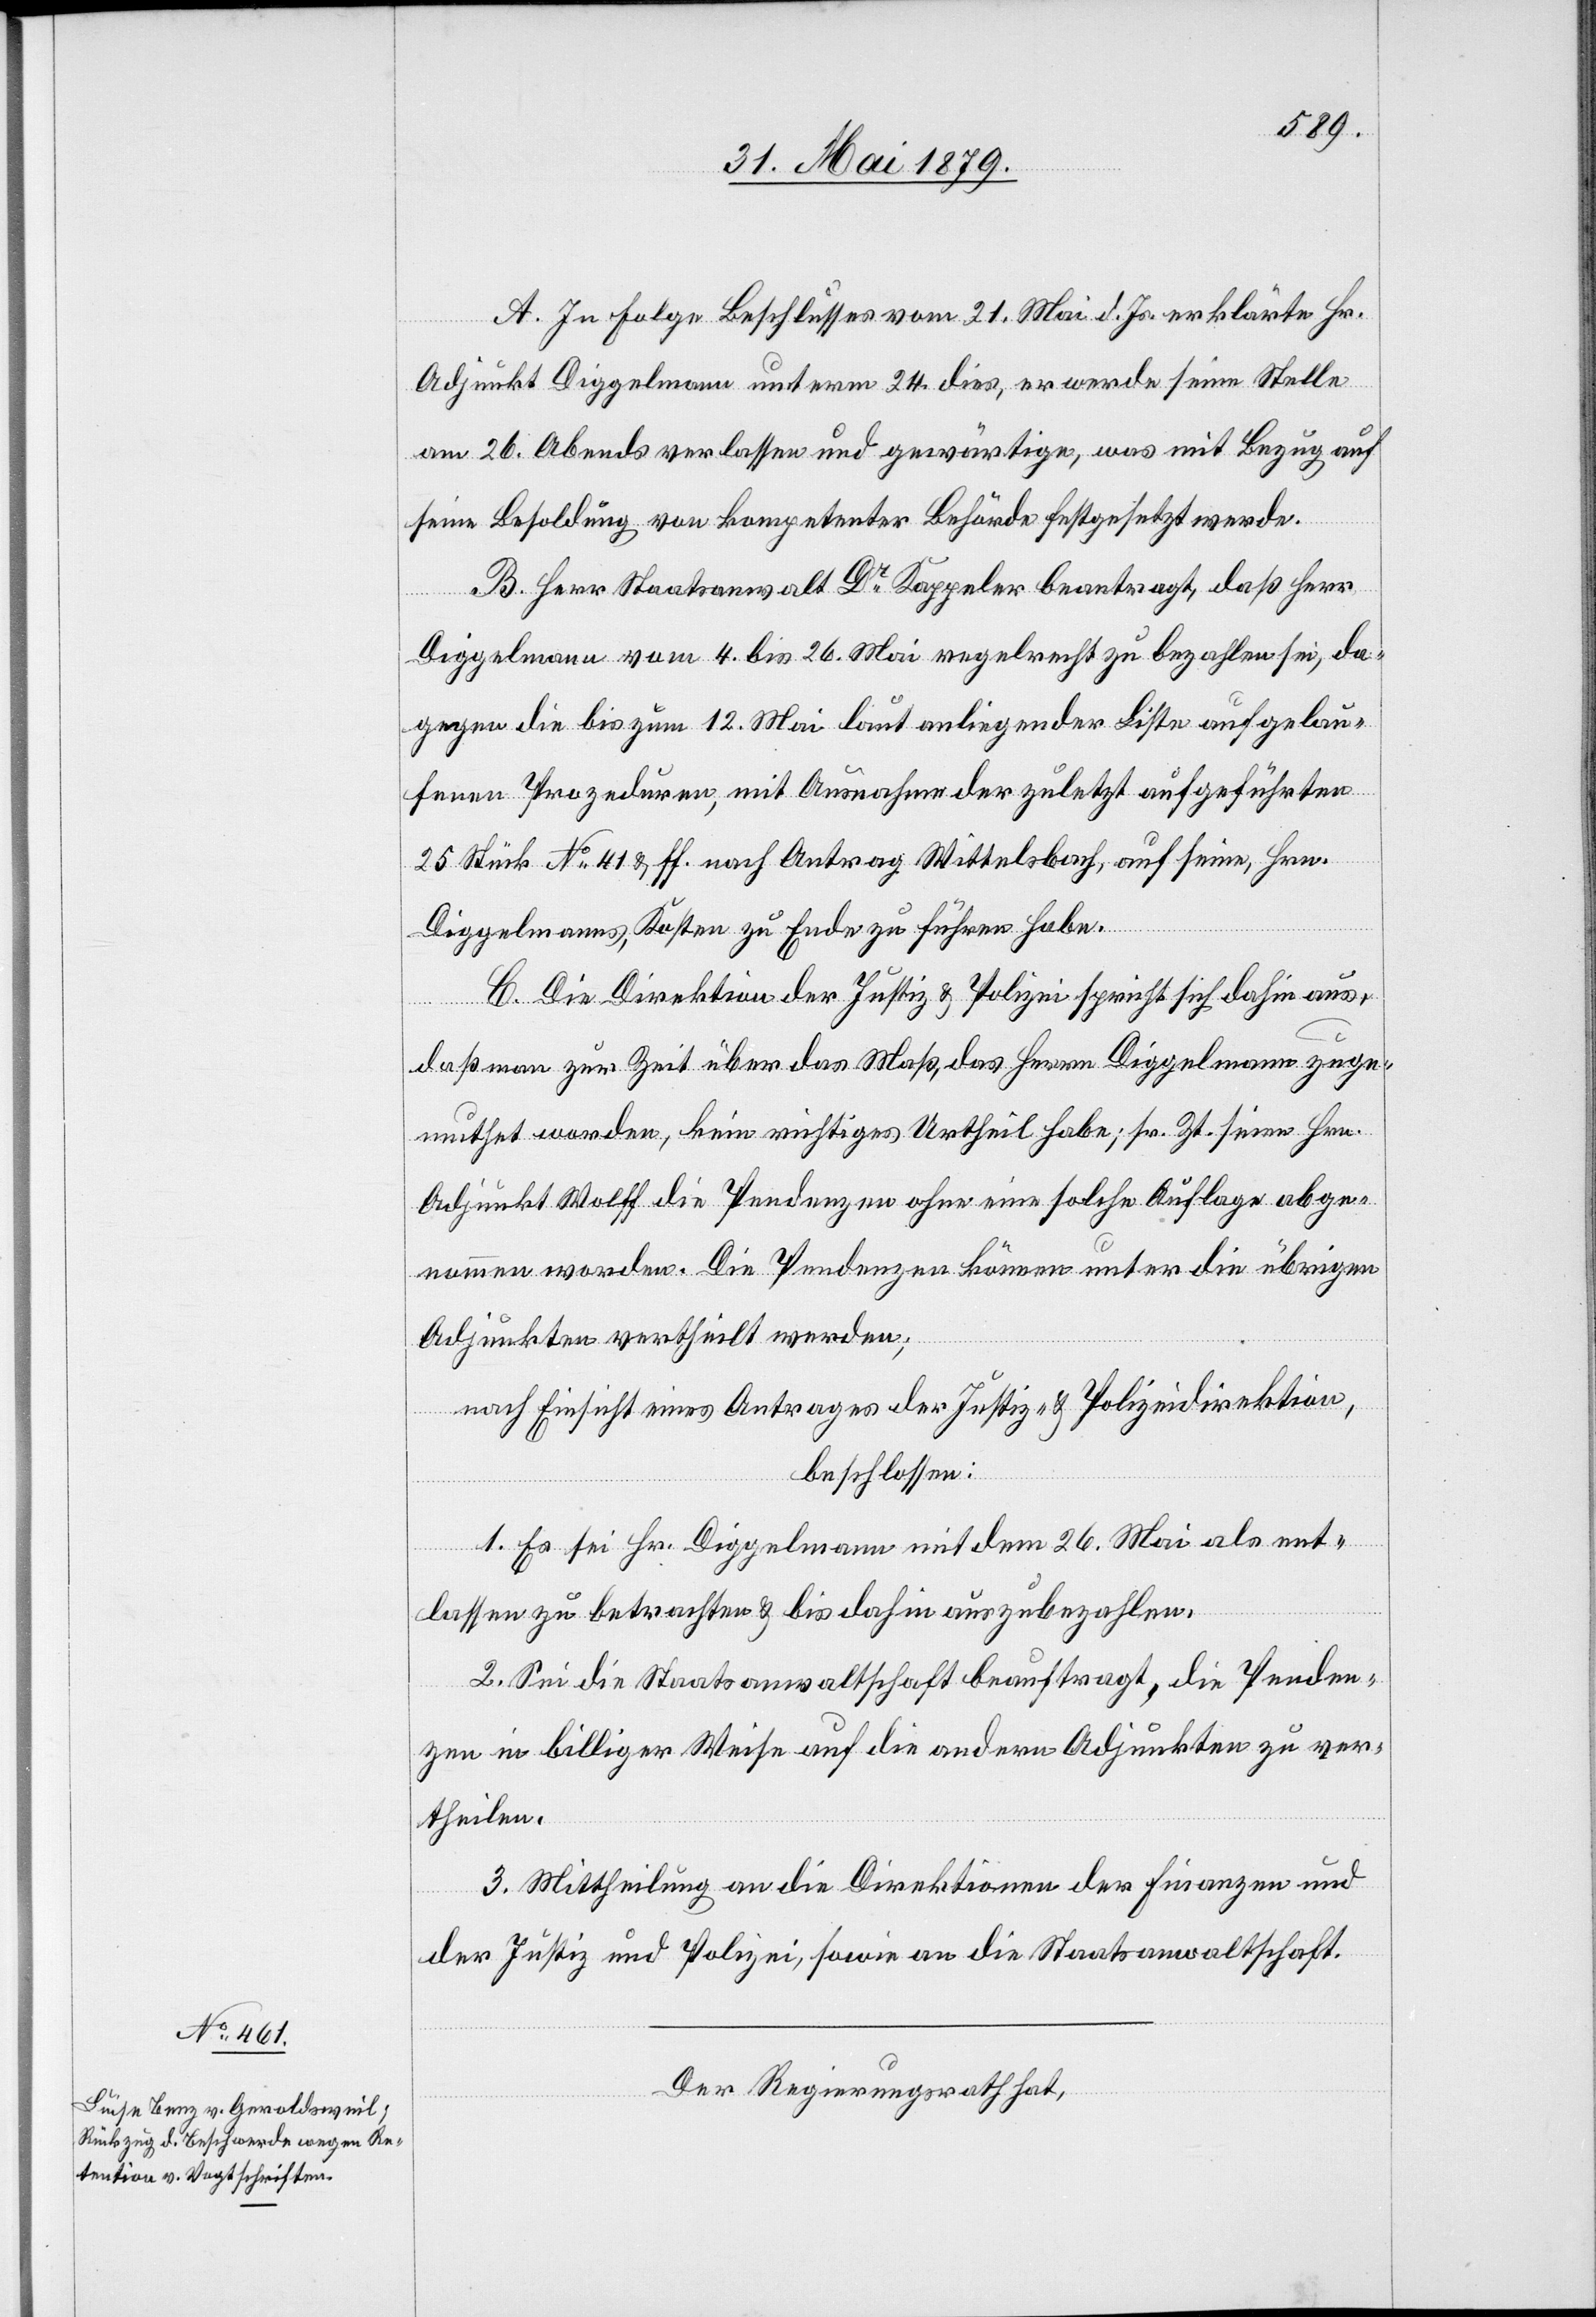
A. In Folge Beschlusses vom 21. Mai d. Js. erklärte Hr.
Adjunkt Diggelmann unterm 24. dies, er werde seine Stelle
am 26. Abends verlassen und gewärtige, was mit Bezug auf
seine Besoldung von kompetenter Behörde festgesetzt werde.
B. Herr Staatsanwalt Dr Kappeler beantragt, daß Herr
Diggelmann vom 4. bis 26. Mai regelrecht zu bezahlen sei, da¬
gegen die bis zum 12. Mai laut anliegender Liste aufgelau¬
fenen Prozeduren, mit Ausnahme der zuletzt aufgeführten
25 Stück No 41 & ff. nach Antrag Wittelsbach, auf seine, Hrn.
Diggelmanns, Kosten zu Ende zu führen habe.
C. Die Direktion der Justiz & Polizei spricht sich dahin aus,
daß man zur Zeit über das Maß, das Herrn Diggelmann zuge¬
Adjunkt Wolff die Pendenzen ohne eine solche Auflage abge¬
nommen worden. Die Pendenzen können unter die übrigen
seien
Adjunkten vertheilt werden;
nach Einsicht eines Antrages der Justiz- & Polizeidirektion,
beschlossen:
1. Es sei Hr. Diggelmann mit dem 26. Mai als ent¬
lassen zu betrachten & bis dahin auszubezahlen.
2. Sei die Staatsanwaltschaft beauftragt, die Penden¬
zen in billiger Weise auf die andern Adjunkten zu ver¬
theilen.
3. Mittheilung an die Direktionen der Finanzen und
der Justiz und Polizei, sowie an die Staatsanwaltschaft.
Der Regierungsrath hat,
Hrn.